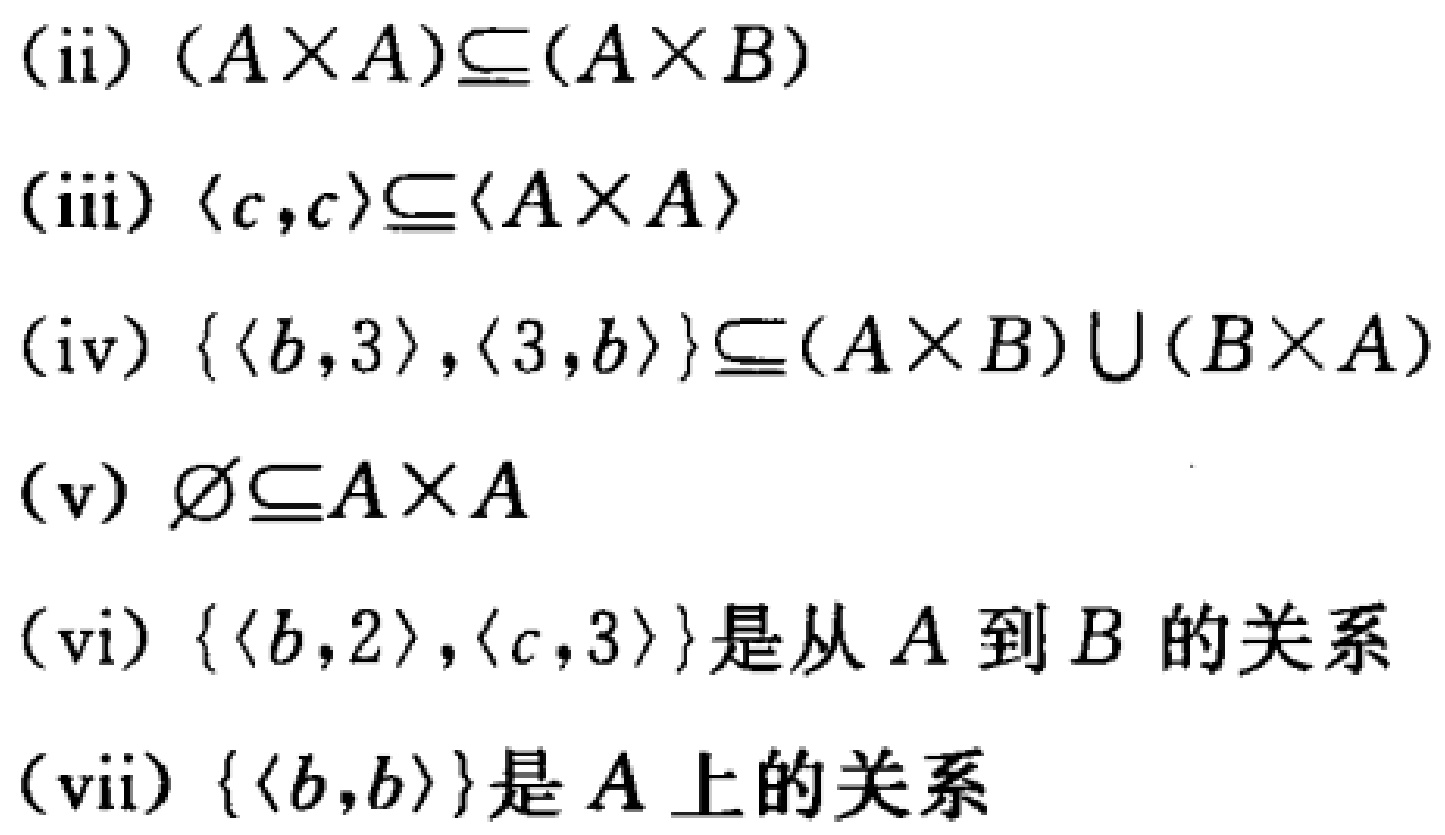
(ii) $(A\times A)\subseteq(A\times B)$

(iii) $\langle c,c\rangle\subseteq\langle A\times A\rangle$

(iv) $\{\langle b,3\rangle,\langle 3,b\rangle\}\subseteq(A\times B)\cup(B\times A)$

(v) $\varnothing\subseteq A\times A$

(vi) $\{\langle b,2\rangle,\langle c,3\rangle\}$是从$A$到$B$的关系

(vii) $\{\langle b,b\rangle\}$是$A$上的关系